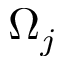
\Omega _ { j }